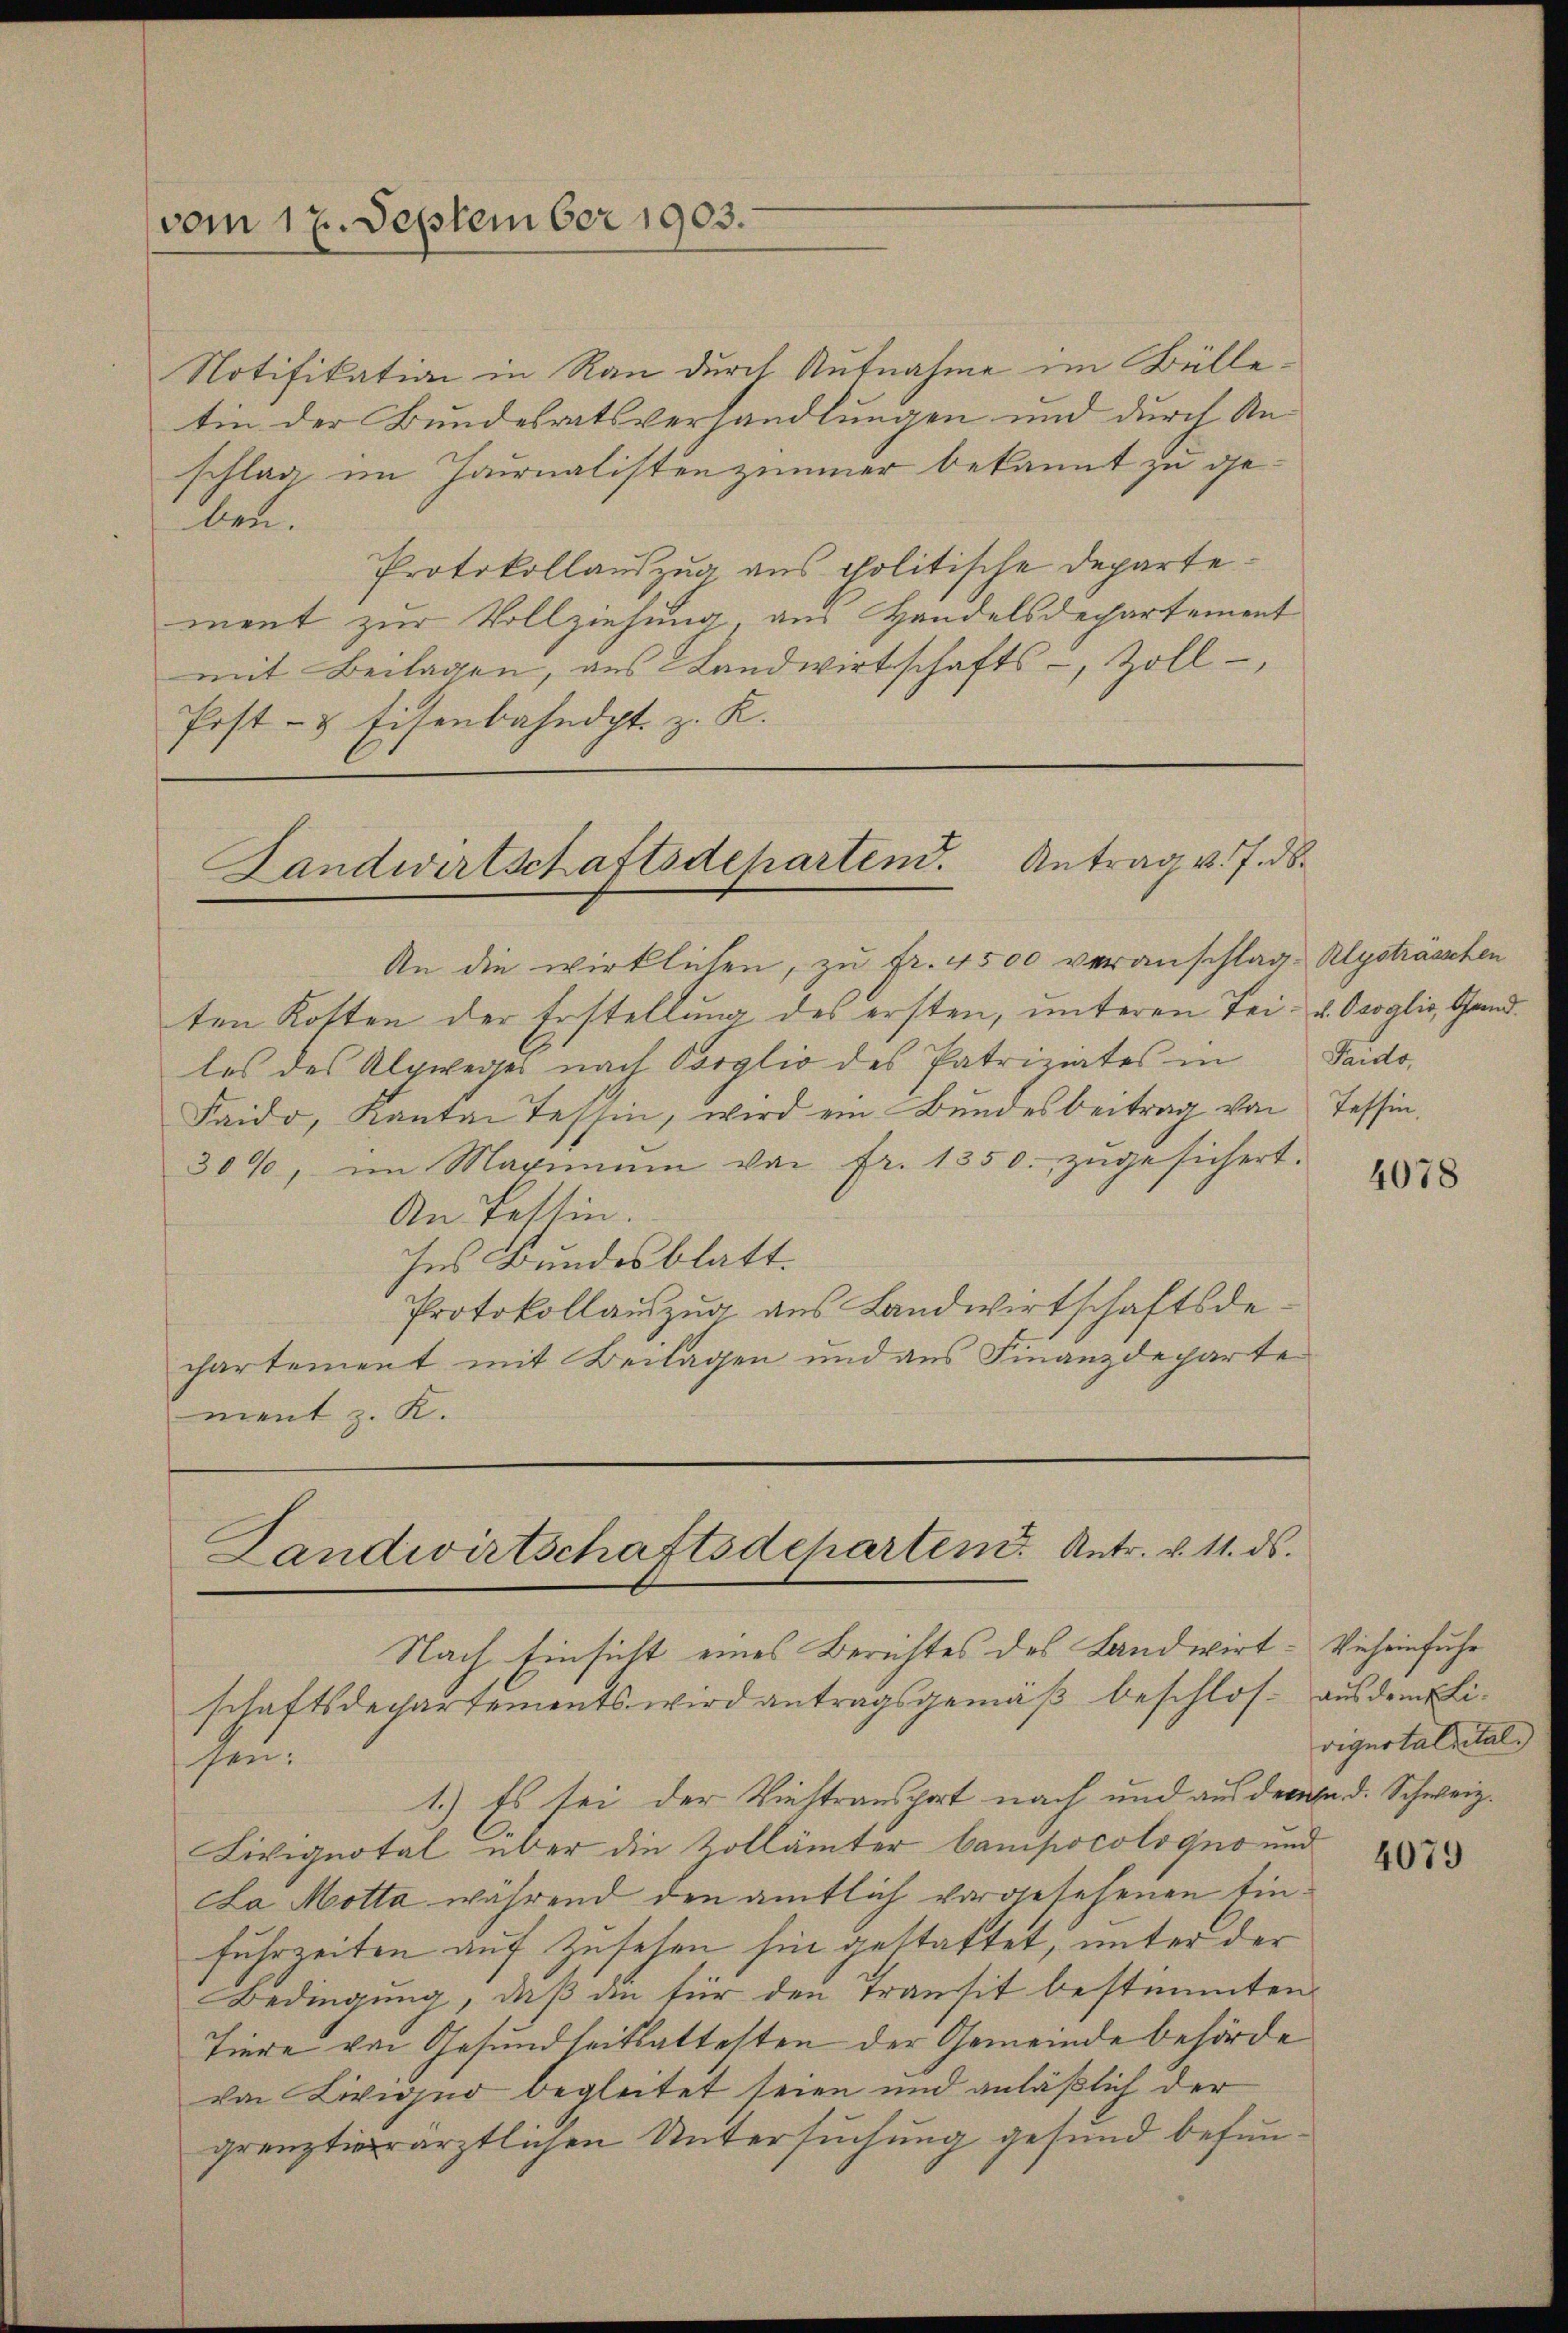
vom 17. September 1903.

Notifikation in Rau durch Aufnahme im Bülletin der Bundesratsverhandlungen und durch Anschlag im Haunalistenzimmer bekannt zu geben.
Protokollauszug aus politische Departement zur Vollziehung, aus Handelsdechartement
mit Beilagen, aus Landwirtschafts-, Zoll-
Post- & Eisenbahndpt. z. K.

Landwirtschaftsdepartend. Antrag v. J. ds.

Landwirtschaftsdeparten. Antr. v. 11. ds.

heu¬

An die wirklichen, zu fr. 4500 veranschlag Alysträsschen
ten Kosten der Erstellung des ersten, unteren Tei- u. Osoglio, Gend
los des Alpweges nach Vorglio des Patriziates in
Faido, Kanton Tessin, wird ein Bundesbeitrag von Tessin,
30%, im Maximum von fr. 1350. zŭgesichert.
An Tessin.
Ins Bundesblatt.
Protokollaŭszŭg aŭs Landwirtschaftsde-
partement mit Beilagen und aus Finanzdeparte
ment z. K.

Nach Einsicht eines Berichtes des Landwirt- Vieheinfuhr
schaftsdepartements wird antragsgemäß beschlos aus dem Li¬
1.) Es sei der Viehtransport nach und aus denen d. Schweiz.
Livignotal über die Zollämter Campocologno und
La Motta während den amtlich vorgesehenen Einfuhrzeiten auf Zusehen hin gestattet, unter der
Bedingung, daß die für den Transit bestimmten
Tiere von Gesundheitsattesten der Gemeinde behörde
von Livigno begleitet seien und anläßlich der
grenztierärztlichen Untersuchung gesund befun¬

Pauto

4078

vignotalsital

4079